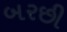
બરછી